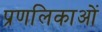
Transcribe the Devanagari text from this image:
प्रणलिकाओं